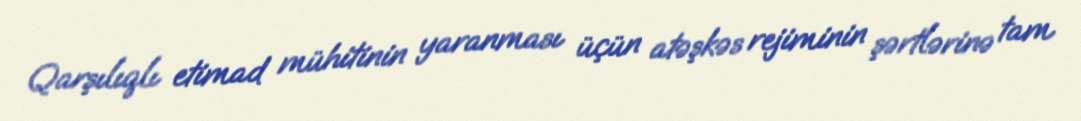
Qarşılıqlı etimad mühitinin yaranması üçün atəşkəs rejiminin şərtlərinə tam